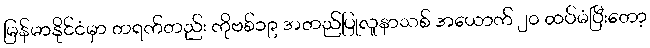
မြန်မာနိုင်ငံမှာ တရက်တည်း ကိုဗစ်၁၉ အတည်ပြုလူနာသစ် အယောက် ၂၀ ထပ်မံပြီးတော့